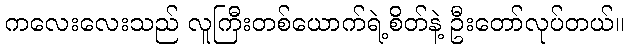
ကလေးလေးသည် လူကြီးတစ်ယောက်ရဲ့စိတ်နဲ့ ဦးတော်လုပ်တယ်။